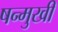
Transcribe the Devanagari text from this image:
षन्मुखी